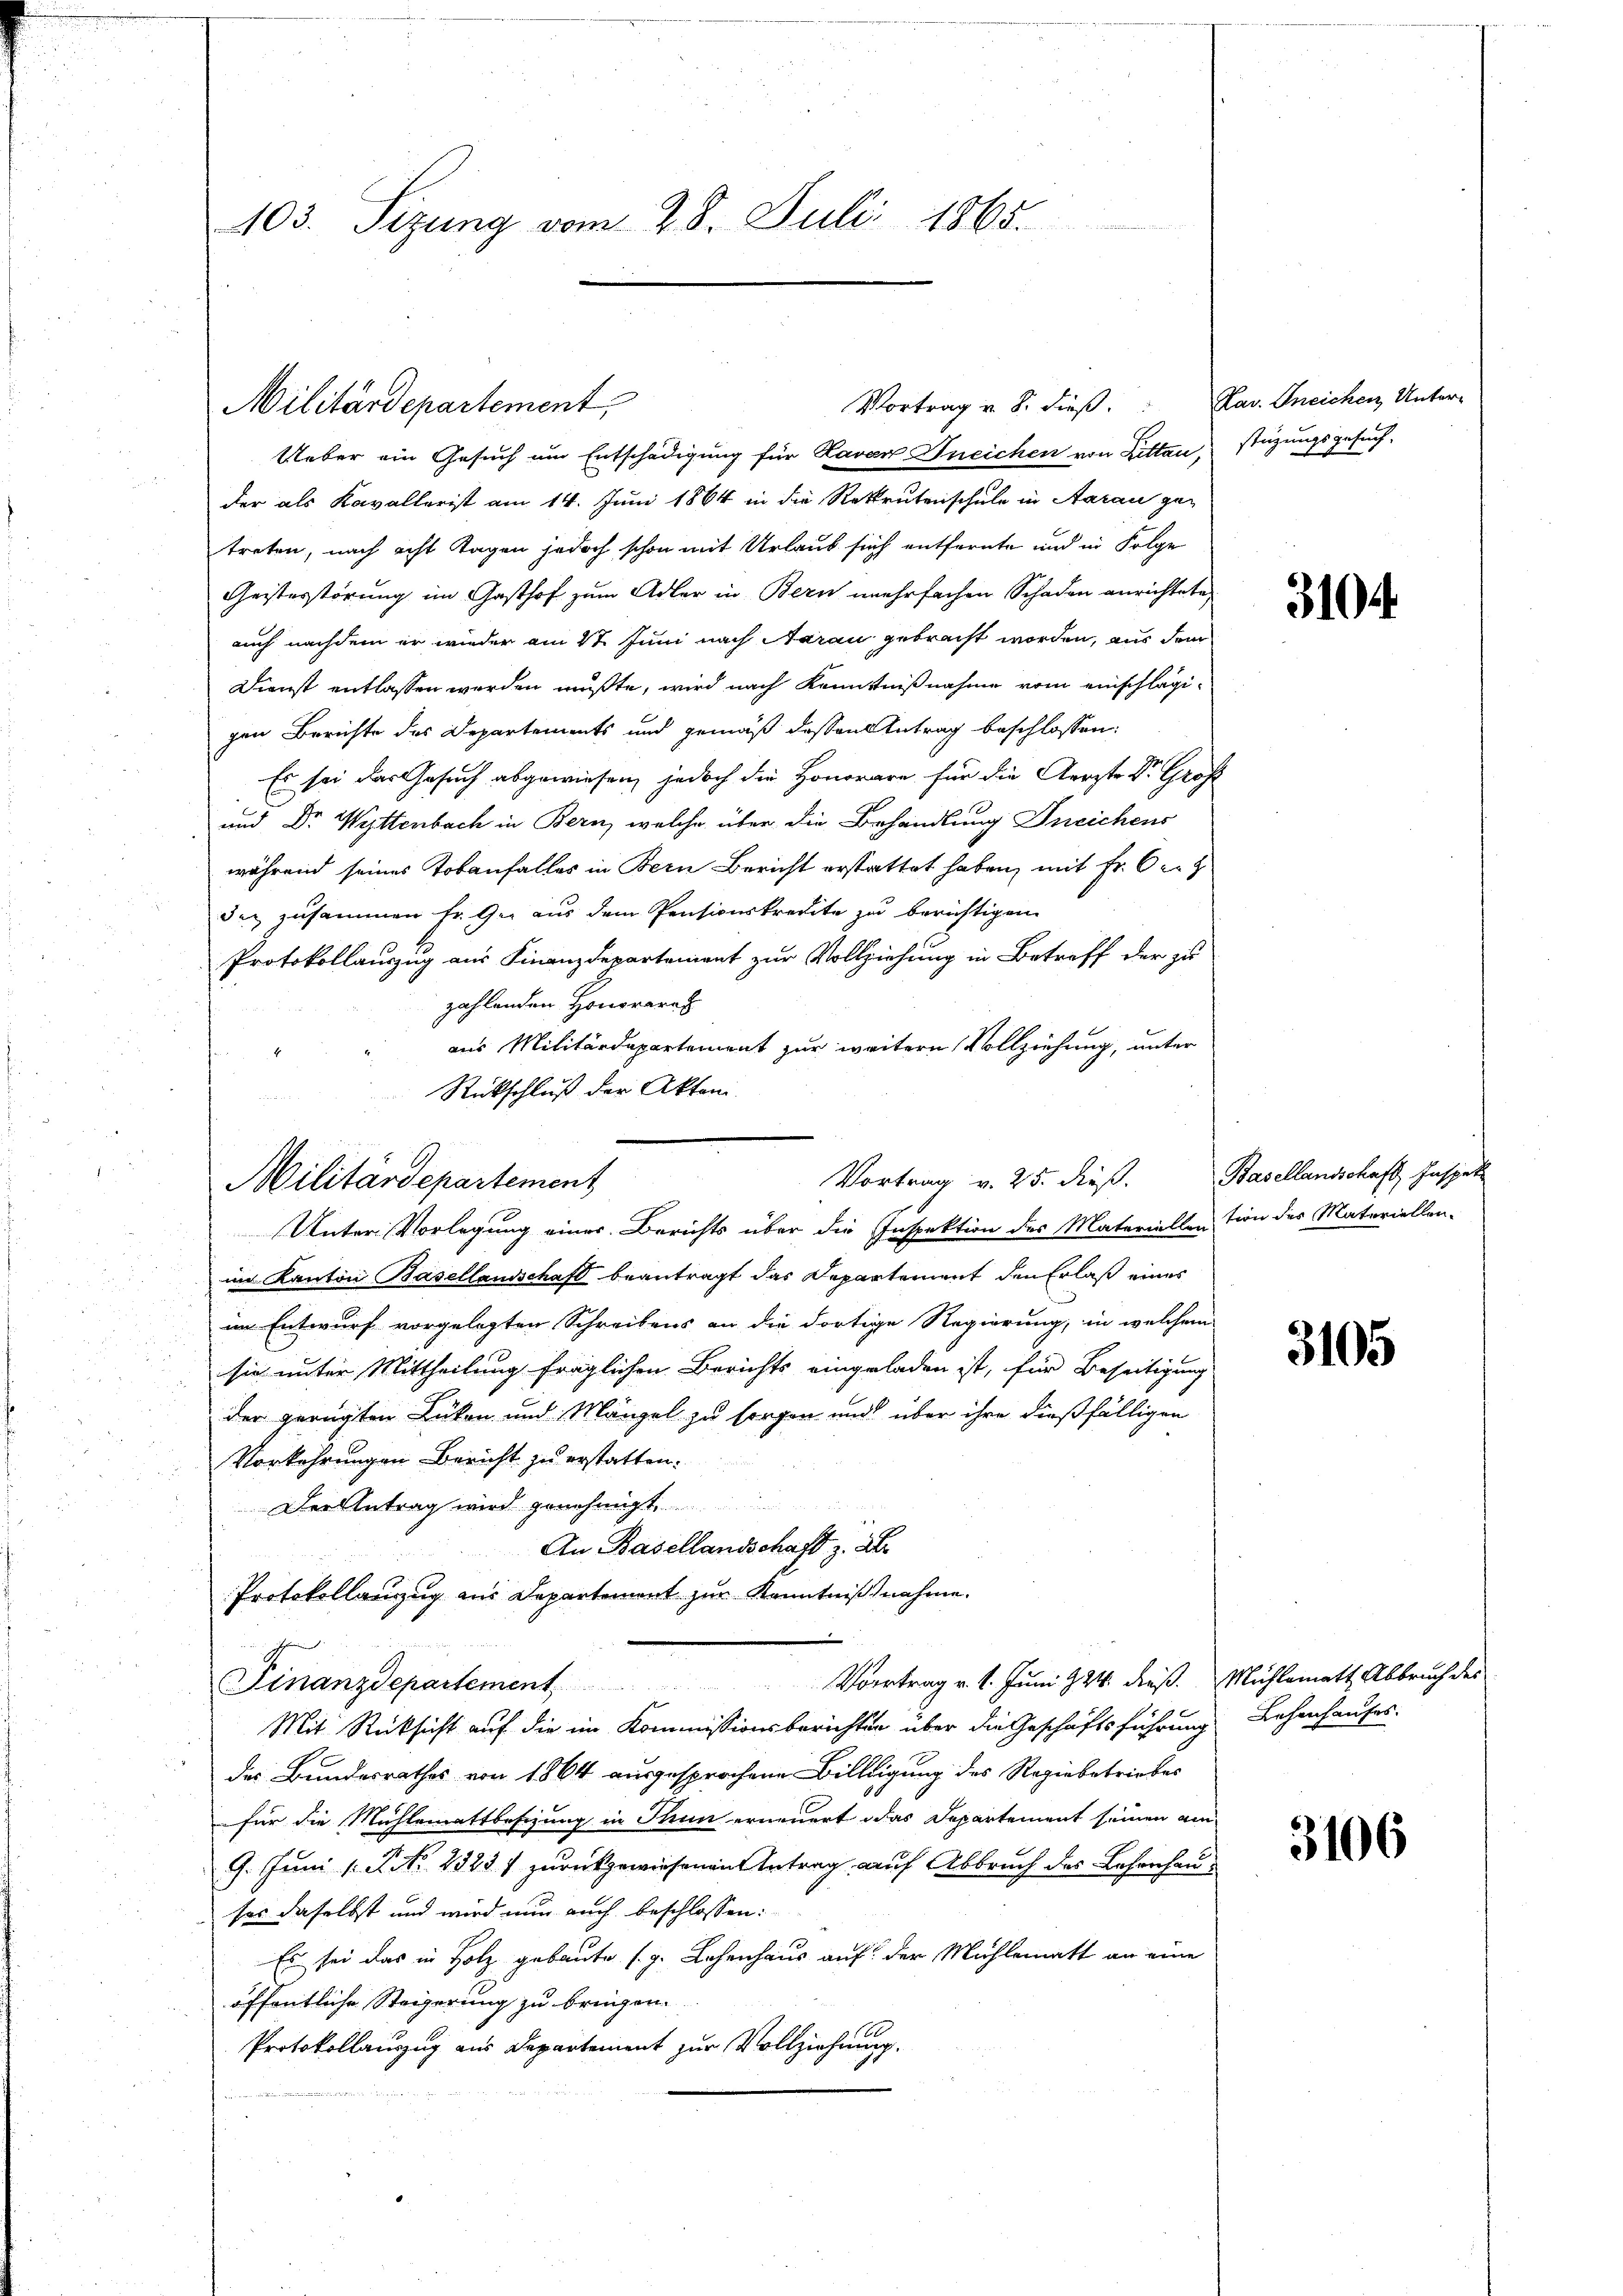
Militärdepartement

103. Sizung vom 28. Juli 1865.

Militärdepartement,

Ueber ein Gesuch um Entschädigung für Kavar-Ineichen von Ritten, stüzungsgesuchder als Kavallerist am 14. Juni 1864 in die Rekrutenschule in Aarau getreten, nach acht Tagen jedoch schon mit Urlaub sich entfernte und in Folge
Geisterstörung im Gasthof zum Adler in Bern mehrfachen Schaden anrichtete,
auch nachdem er wieder am 4t Juni nach Aarau gebracht worden, aus dem
Dienst entlassen werden mußte, wird nach Kenntnißnahme vom einschlägigen Berichte des Departements und gemäß dessen Antrag beschlossen:
Es sei das Gesuch abgewiesen, jedoch die Honorare für die Aerzte Dr. Groß
und Dr Wittenbach in Bern, welche über die Behandlung Dneichens
während seines Tobanfalles in Bern Bericht erstattet haben, mit Fr. 6 er
der zusammen Fr. Gui aus dem Pensionskredite zu berichtigen.
Protokollauszug aus Finanzdepartement zur Vollziehung in Betreff der zu
zahlenden Honorare
aus Militärdepartement zur weitern Vollziehung, unter
Unter Vorlegung einer Berichts über die Inspektion des Materiellention der Materiellen-
im Kanton Basellandschaft beantragt das Departement den Erlaß eines
im Entwurf vorgelegten Schreibens an die dortige Regierung, in welchem
sie unter Mittheilung fraglichen Berichts eingeladen ist, für Beseitigung
der gerügten Lücken und Mängel zu sorgen und über ihre dießfälligen
Vorkehrungen Bericht zu erstatten.
Der Antrag wird genehmigt
An Basellandschaft z. B.
Protokollanzug aus Departement zur Kenntnißnahme.

Vortrag v. 1. Juni 124. dieß. Mühlematt Abbruch des

Finanzdepartement
f
Mit Rücksicht auf die im Kommissionsberichten über die Geschäftsführung Lehenhauses.
des Bundesrathes von 1864 ausgesprochene Billigung des Regiebetriebes
für die Mühlemattbesizung in Thun erneuert das Departement seinen am
9. Juni [PNNo. 23237 zurückgewiesenen Antrag auf Abbruch des Lesenhauser daselbst und wird nun auch beschlossen:
Es sei das in Holz gebaute (g. Lehenhaus auf der Mühlematt an eine
öffentliche Steigerung zu bringen
Protokollauszug aus Departement zur Vollziehung.

Vortrag v. 8. dieß.

Rückschluß der Akten
Vortrag v. 25. dieß.

Kav. Ineichen Unter-

3104.

Basellandschaft, Inspek

3105

3106